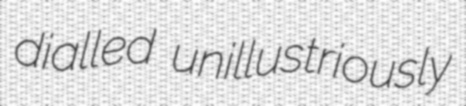
dialled unillustriously